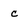
Character: c